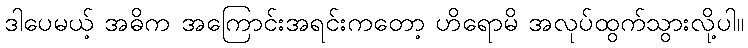
ဒါပေမယ့် အဓိက အကြောင်းအရင်းကတော့ ဟိရောမိ အလုပ်ထွက်သွားလို့ပါ။